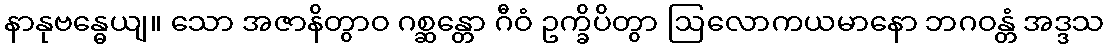
နာနုဗန္ဓေယျ။ သော အဇာနိတွာဝ ဂစ္ဆန္တော ဂီဝံ ဥက္ခိပိတွာ ဩလောကယမာနော ဘဂဝန္တံ အဒ္ဒသ